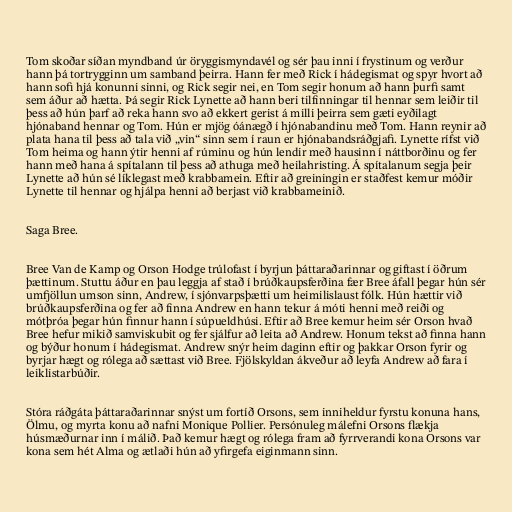
Tom skoðar síðan myndband úr öryggismyndavél og sér þau inni í frystinum og verður
hann þá tortrygginn um samband þeirra. Hann fer með Rick í hádegismat og spyr hvort að
hann sofi hjá konunni sinni, og Rick segir nei, en Tom segir honum að hann þurfi samt
sem áður að hætta. Þá segir Rick Lynette að hann beri tilfinningar til hennar sem leiðir til
þess að hún þarf að reka hann svo að ekkert gerist á milli þeirra sem gæti eyðilagt
hjónaband hennar og Tom. Hún er mjög óánægð í hjónabandinu með Tom. Hann reynir að
plata hana til þess að tala við „vin“ sinn sem í raun er hjónabandsráðgjafi. Lynette rífst við
Tom heima og hann ýtir henni af rúminu og hún lendir með hausinn í náttborðinu og fer
hann með hana á spítalann til þess að athuga með heilahristing. Á spítalanum segja þeir
Lynette að hún sé líklegast með krabbamein. Eftir að greiningin er staðfest kemur móðir
Lynette til hennar og hjálpa henni að berjast við krabbameinið.

Saga Bree.

Bree Van de Kamp og Orson Hodge trúlofast í byrjun þáttaraðarinnar og giftast í öðrum
þættinum. Stuttu áður en þau leggja af stað í brúðkaupsferðina fær Bree áfall þegar hún sér
umfjöllun umson sinn, Andrew, í sjónvarpsþætti um heimilislaust fólk. Hún hættir við
brúðkaupsferðina og fer að finna Andrew en hann tekur á móti henni með reiði og
mótþróa þegar hún finnur hann í súpueldhúsi. Eftir að Bree kemur heim sér Orson hvað
Bree hefur mikið samviskubit og fer sjálfur að leita að Andrew. Honum tekst að finna hann
og býður honum í hádegismat. Andrew snýr heim daginn eftir og þakkar Orson fyrir og
byrjar hægt og rólega að sættast við Bree. Fjölskyldan ákveður að leyfa Andrew að fara í
leiklistarbúðir.

Stóra ráðgáta þáttaraðarinnar snýst um fortíð Orsons, sem inniheldur fyrstu konuna hans,
Ölmu, og myrta konu að nafni Monique Pollier. Persónuleg málefni Orsons flækja
húsmæðurnar inn í málið. Það kemur hægt og rólega fram að fyrrverandi kona Orsons var
kona sem hét Alma og ætlaði hún að yfirgefa eiginmann sinn.